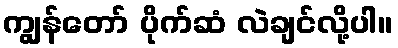
ကျွန်တော် ပိုက်ဆံ လဲချင်လို့ပါ။